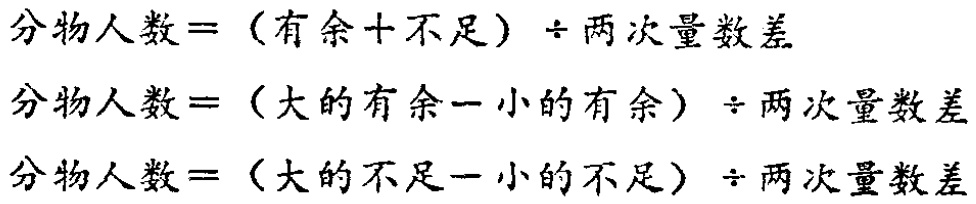
分物人数 = （有余 + 不足）÷ 两次量数差

分物人数 = （大的有余 - 小的有余）÷ 两次量数差

分物人数 = （大的不足 - 小的不足）÷ 两次量数差